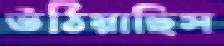
উঠিয়াছিস